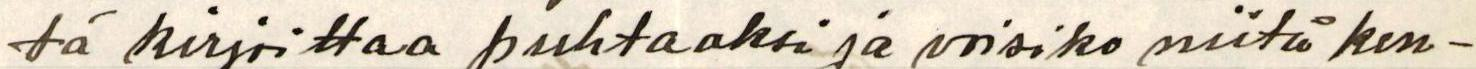
tä kirjoittaa puhtaaksi ja voisiko niitä ken-